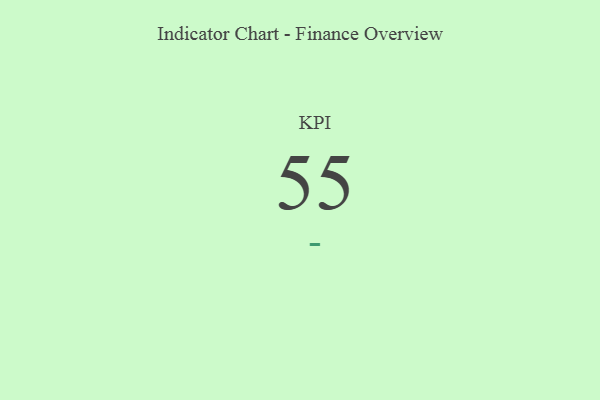
{"axis": {"x": "KPI", "y": "Value"}, "legend": [""], "data": [{"x": "KPI", "y": 55, "type": ""}]}